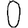
Digit: 0